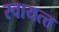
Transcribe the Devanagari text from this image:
स्वायत्त्त